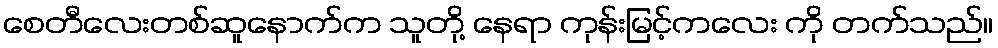
စေတီလေးတစ်ဆူနောက်က သူတို့ နေရာ ကုန်းမြင့်ကလေး ကို တက်သည်။